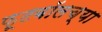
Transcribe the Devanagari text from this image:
फूटबॉलच्या